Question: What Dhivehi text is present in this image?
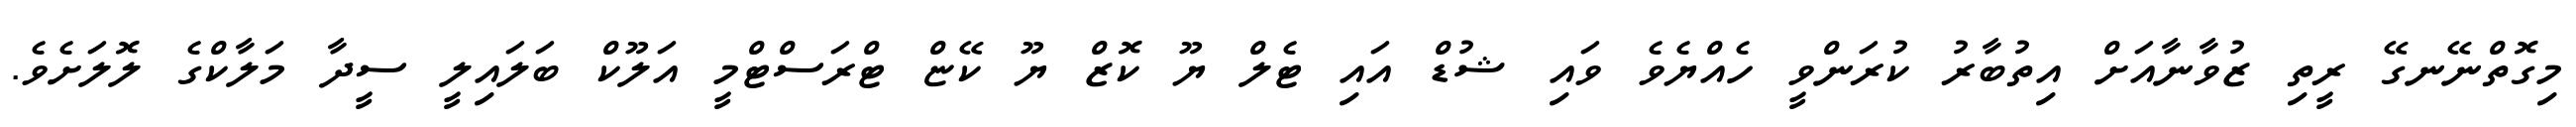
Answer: މިގޮތްނޭނގޭ ރީތި ޒުވާނާއަށް އިތުބާރު ކުރަންވީ ހެއްޔެވެ ވައި ޝުޑް އައި ޓެލް ޔޫ ކޮޒް ޔޫ ކޭޏް ޓްރަސްޓްމީ އަލޫކް ބަލައިލީ ސީދާ މަލާކްގެ ލޮލަށެވެ.